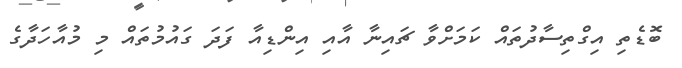
ބޮޑެތި އިގްތިސާދުތައް ކަމަށްވާ ޗައިނާ އާއި އިންޑިއާ ފަދަ ގައުމުތައް މި މުއާހަދާގެ